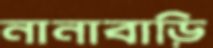
নানাবাড়ি